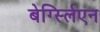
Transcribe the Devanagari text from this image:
बेर्ग्स्लिएन